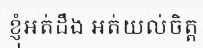
ខ្ញុំអត់ដឹង អត់យល់ចិត្ត